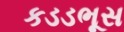
કડડભૂસ